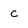
Character: c